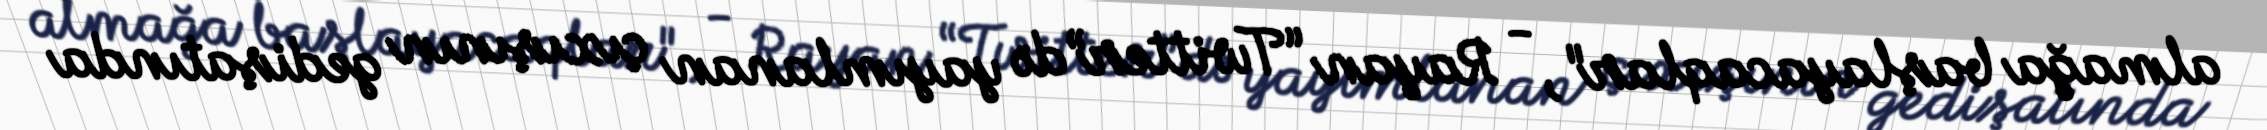
almağa başlayacaqlar", - Rayan “Twitter”də yayımlanan çıxışının gedişatında